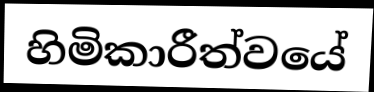
හිමිකාරීත්වයේ